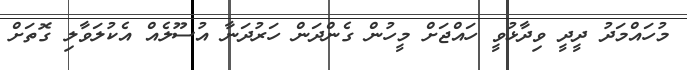
މުހައްމަދު ދީދީ ވިދާޅުވީ ހައްޖަށް މީހުން ގެންދަން ހަރުދަނާ އުސޫލެއް އެކުލަވާލި ގޮތަށް